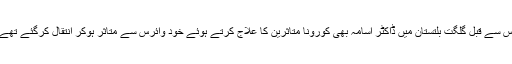
اس سے قبل گلگت بلتستان میں ڈاکٹر اسامہ بھی کورونا متاثرین کا علاج کرتے ہوئے خود وائرس سے متاثر ہوکر انتقال کرگئے تھے۔